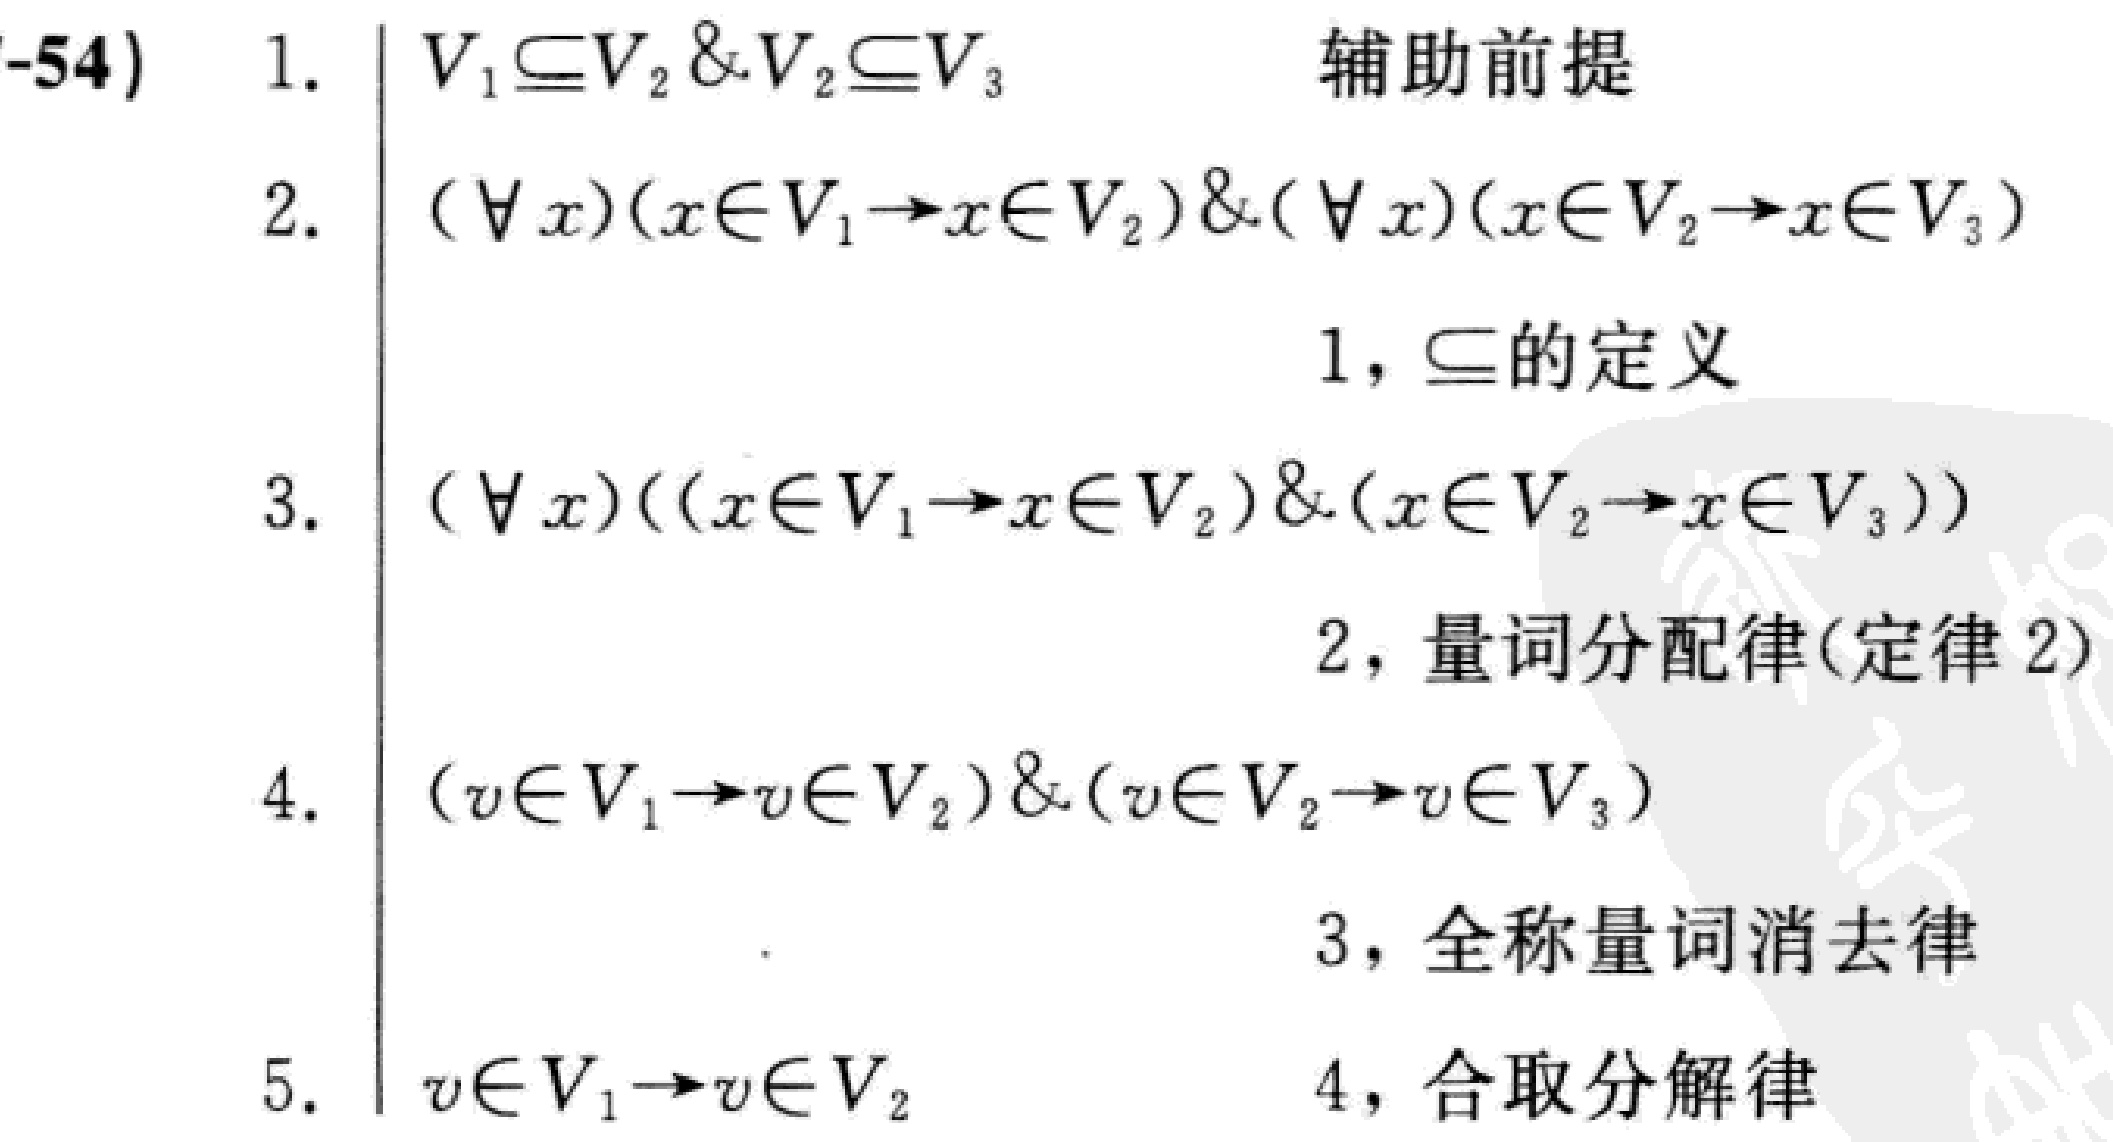
\begin{align*}
1. &\quad V_1\subseteq V_2 \& V_2\subseteq V_3 \quad \text{辅助前提}\\
2. &\quad (\forall x)(x\in V_1\rightarrow x\in V_2)\&(\forall x)(x\in V_2\rightarrow x\in V_3) \quad 1, \subseteq\text{的定义}\\
3. &\quad (\forall x)((x\in V_1\rightarrow x\in V_2)\&(x\in V_2\rightarrow x\in V_3)) \quad 2, \text{量词分配律(定律2)}\\
4. &\quad (v\in V_1\rightarrow v\in V_2)\&(v\in V_2\rightarrow v\in V_3) \quad 3, \text{全称量词消去律}\\
5. &\quad v\in V_1\rightarrow v\in V_2 \quad 4, \text{合取分解律}
\end{align*}